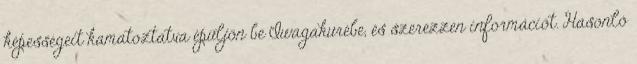
képességeit kamatoztatva épüljön be Iwagakurébe, és szerezzen információt. Hasonló